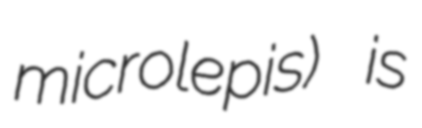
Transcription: microlepis) is